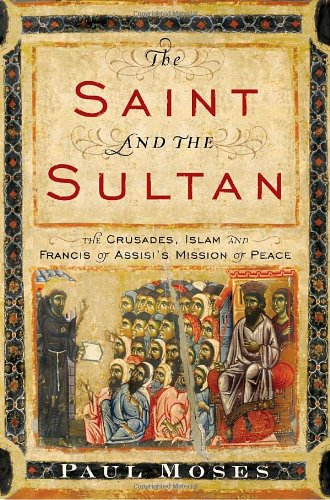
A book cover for The Saint and the Sultan: The Crusades, Islam, and Francis of Assisi's Mission of Peace; Paul Moses; History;